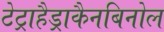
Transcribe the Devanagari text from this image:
टेट्राहैड्राकैनबिनोल